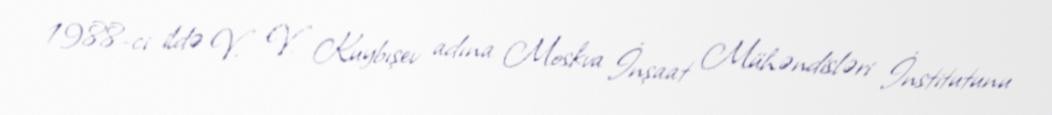
1988-ci ildə V. V. Kuybışev adına Moskva İnşaat Mühəndisləri İnstitutunu